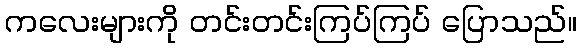
ကလေးများကို တင်းတင်းကြပ်ကြပ် ပြောသည်။